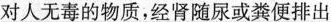
对人无毒的物质，经肾随尿或粪便排出